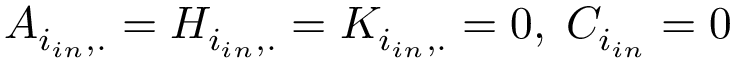
A _ { i _ { i n } , . } = H _ { i _ { i n } , . } = K _ { i _ { i n } , . } = 0 , \; C _ { i _ { i n } } = 0